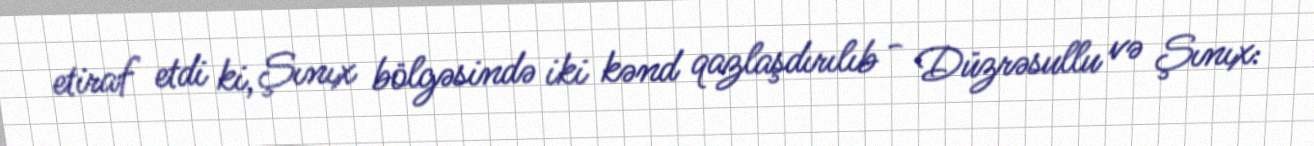
etiraf etdi ki, Şınıx bölgəsində iki kənd qazlaşdırılıb - Düzrəsullu və Şınıx: